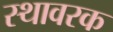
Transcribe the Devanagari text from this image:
स्थावरक